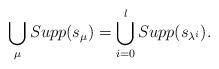
LaTeX: \begin{align*} \bigcup\limits_{\mu} Supp(s_\mu)=\bigcup\limits_{i=0}^l Supp(s_{\lambda^i}).\end{align*}